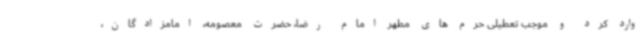
وارد کرد و موجب تعطیلی حرم های مطهر امام رضا، حضرت معصومه، امامزادگان،